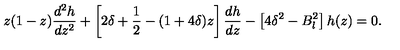
z ( 1 - z ) \frac { d ^ { 2 } h } { d z ^ { 2 } } + \left[ 2 \delta + { \frac { 1 } { 2 } } - ( 1 + 4 \delta ) z \right] \frac { d h } { d z } - \left[ 4 \delta ^ { 2 } - B _ { l } ^ { 2 } \right] h ( z ) = 0 .